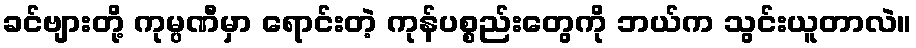
ခင်ဗျားတို့ ကုမ္ပဏီမှာ ရောင်းတဲ့ ကုန်ပစ္စည်းတွေကို ဘယ်က သွင်းယူတာလဲ။